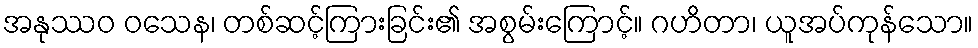
အနုဿဝ ဝသေန၊ တစ်ဆင့်ကြားခြင်း၏ အစွမ်းကြောင့်။ ဂဟိတာ၊ ယူအပ်ကုန်သော။